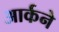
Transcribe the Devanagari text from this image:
आर्कने